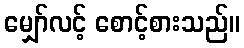
မျှော်လင့် စောင့်စားသည်။